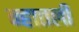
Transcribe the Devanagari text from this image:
न्हातली